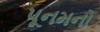
પૂનમનો